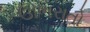
ઊભરાતો